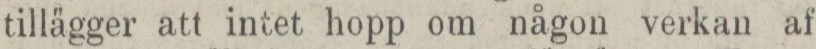
tillägger att intet hopp om någon verkan af